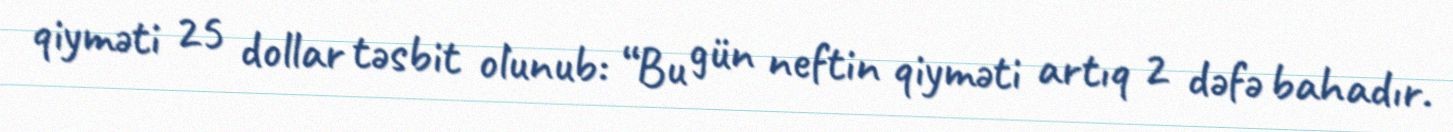
qiyməti 25 dollar təsbit olunub: “Bu gün neftin qiyməti artıq 2 dəfə bahadır.